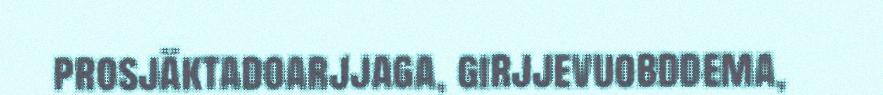
prosjäktadoarjjaga, girjjevuobddema,